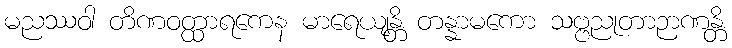
မညဿဝါ တိဏဝတ္ထာရကေန မာရေယျန္တိ တန္နာမကော သဗ္ဗညုတာဉာဏန္တိ